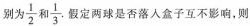
别为\frac{1}{2}和\frac{1}{3}